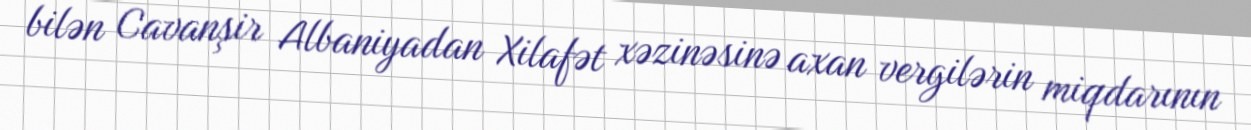
bilən Cavanşir Albaniyadan Xilafət xəzinəsinə axan vergilərin miqdarının